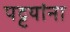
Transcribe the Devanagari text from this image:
पट्टयांना